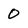
Character: 0